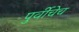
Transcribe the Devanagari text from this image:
पुर्वीचेच